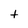
Character: t